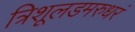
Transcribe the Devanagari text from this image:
त्रिशूलडमरुधरं